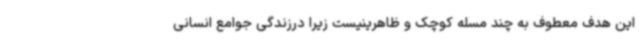
این هدف معطوف به چند مسله کوچک و ظاهرینیست زیرا درزندگی جوامع انسانی